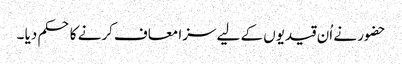
حضور نے اُن قیدیوں کے لیے سزا معاف کرنے کا حکم دیا ۔